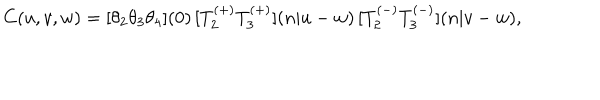
LaTeX: C ( u , v , w ) = { [ } \theta _ { 2 } \theta _ { 3 } \theta _ { 4 } { ] } ( 0 ) \, { [ } T _ { 2 } ^ { ( + ) } T _ { 3 } ^ { ( + ) } { ] } ( n | u - w ) \, { [ } T _ { 2 } ^ { ( - ) } T _ { 3 } ^ { ( - ) } { ] } ( n | v - w ) ,